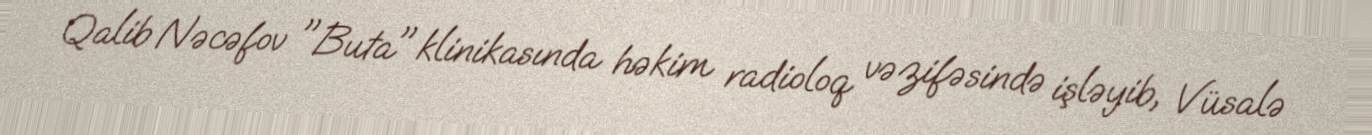
Qalib Nəcəfov "Buta" klinikasında həkim radioloq vəzifəsində işləyib, Vüsalə